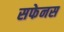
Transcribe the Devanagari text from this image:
सफेनस